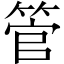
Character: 管